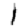
Digit: 1